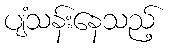
ပျံသန်းနေသည့်